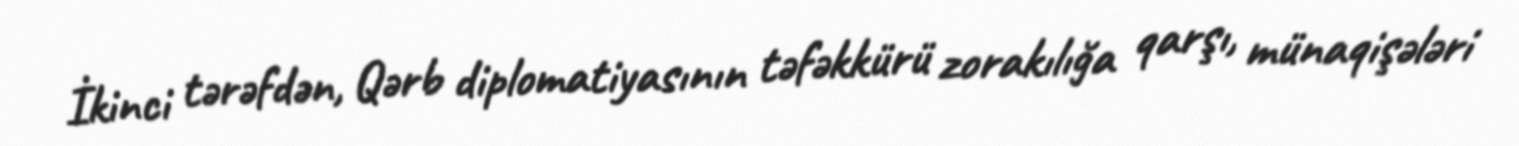
İkinci tərəfdən, Qərb diplomatiyasının təfəkkürü zorakılığa qarşı, münaqişələri